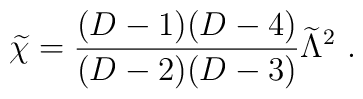
{\widetilde \chi}={{(D-1)(D-4)}\over{(D-2)(D-3)}}{\widetilde\Lambda}^2~.